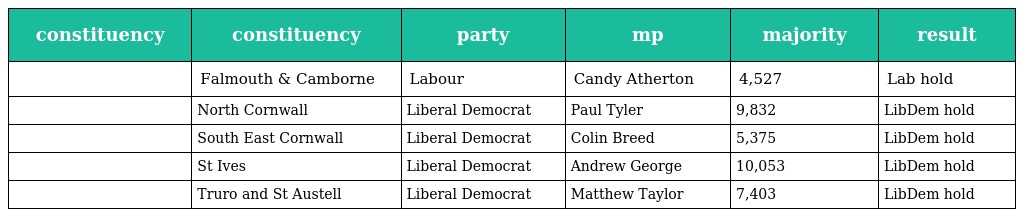
| constituency | constituency | party | mp | majority | result |
 | --- | --- | --- | --- | --- | --- |
 |  | Falmouth & Camborne | Labour | Candy Atherton | 4,527 | Lab hold |
 |  | North Cornwall | Liberal Democrat | Paul Tyler | 9,832 | LibDem hold |
 |  | South East Cornwall | Liberal Democrat | Colin Breed | 5,375 | LibDem hold |
 |  | St Ives | Liberal Democrat | Andrew George | 10,053 | LibDem hold |
 |  | Truro and St Austell | Liberal Democrat | Matthew Taylor | 7,403 | LibDem hold |